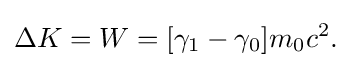
{\begin{aligned}\Delta K=W=[\gamma _{1}-\gamma _{0}]m_{0}c^{2}.\end{aligned}}